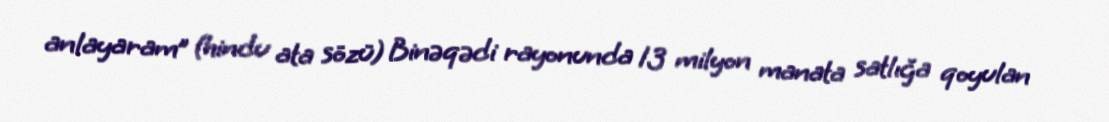
anlayaram” (hindu ata sözü) Binəqədi rayonunda 13 milyon manata satlığa qoyulan